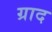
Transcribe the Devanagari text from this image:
ग्राद